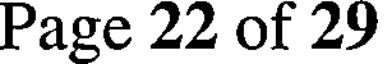
Page 22 of 29